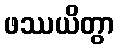
ဖဿယိတွာ